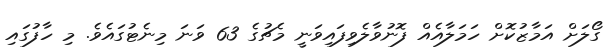
ގޯލަށް އަމާޒުކޮށް ހަމަލާއެއް ފޮނުވާލެވިފައިވަނީ މެޗުގެ 63 ވަނަ މިނެޓުގައެވެ. މި ހާފުގައި